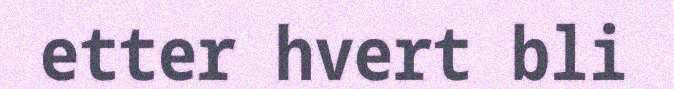
etter hvert bli